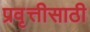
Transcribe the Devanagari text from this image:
प्रवृत्तीसाठी